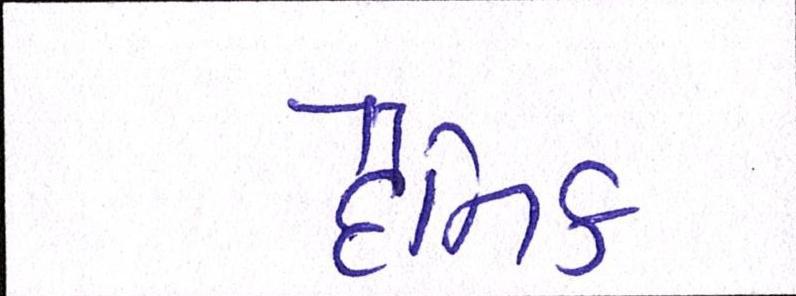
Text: દૈનિક